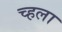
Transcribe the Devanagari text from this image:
च्हला